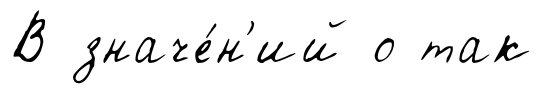
В значе́н'ий о так